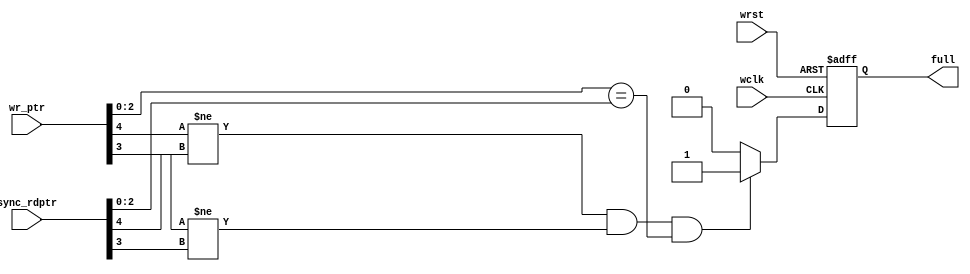
module fifo_full #(parameter addr_size=4)(input wclk,wrst,input[addr_size:0]wr_ptr,sync_rdptr,output reg full );

always@(posedge wclk or negedge wrst)
begin
if(!wrst) full<=1'b0;
else if((wr_ptr[addr_size]!=sync_rdptr[addr_size] )&& (wr_ptr[addr_size-1]!=sync_rdptr[addr_size-1])&& 
				wr_ptr[addr_size-2:0]==sync_rdptr[addr_size-2:0]) full<=1'b1;
else full<=1'b0;
end
endmodule